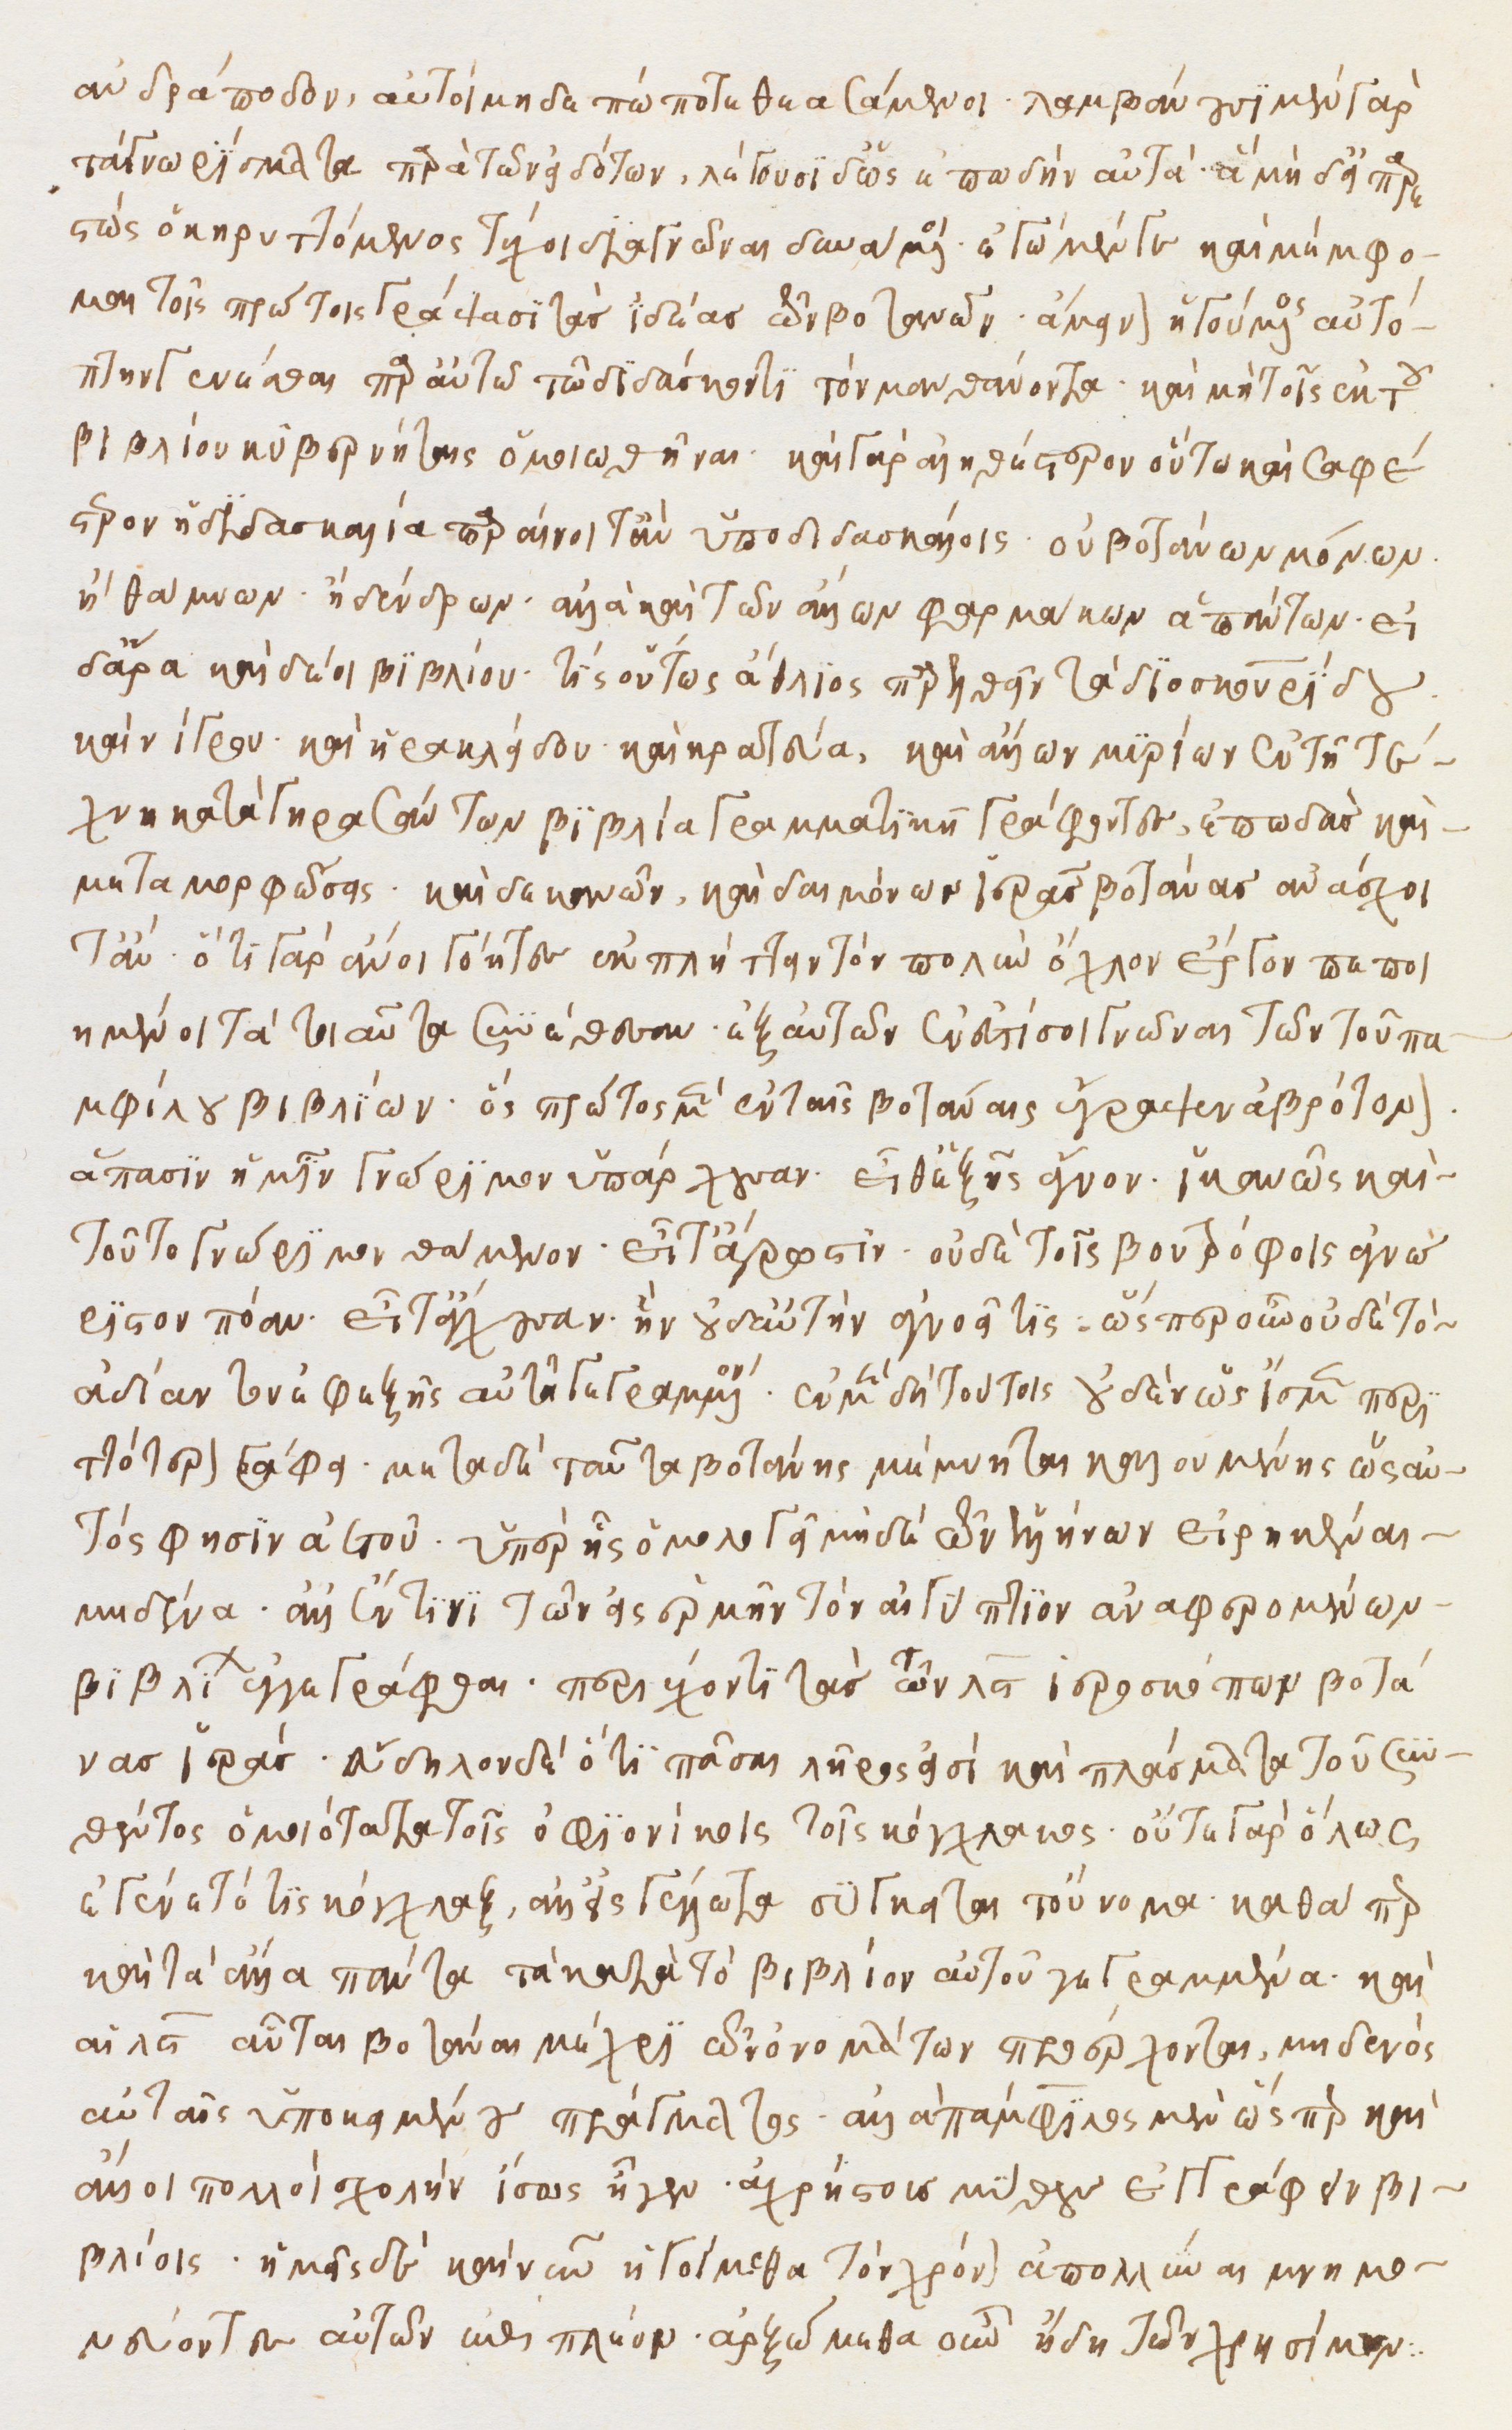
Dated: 1500–1599